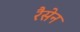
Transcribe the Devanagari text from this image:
रैसेन